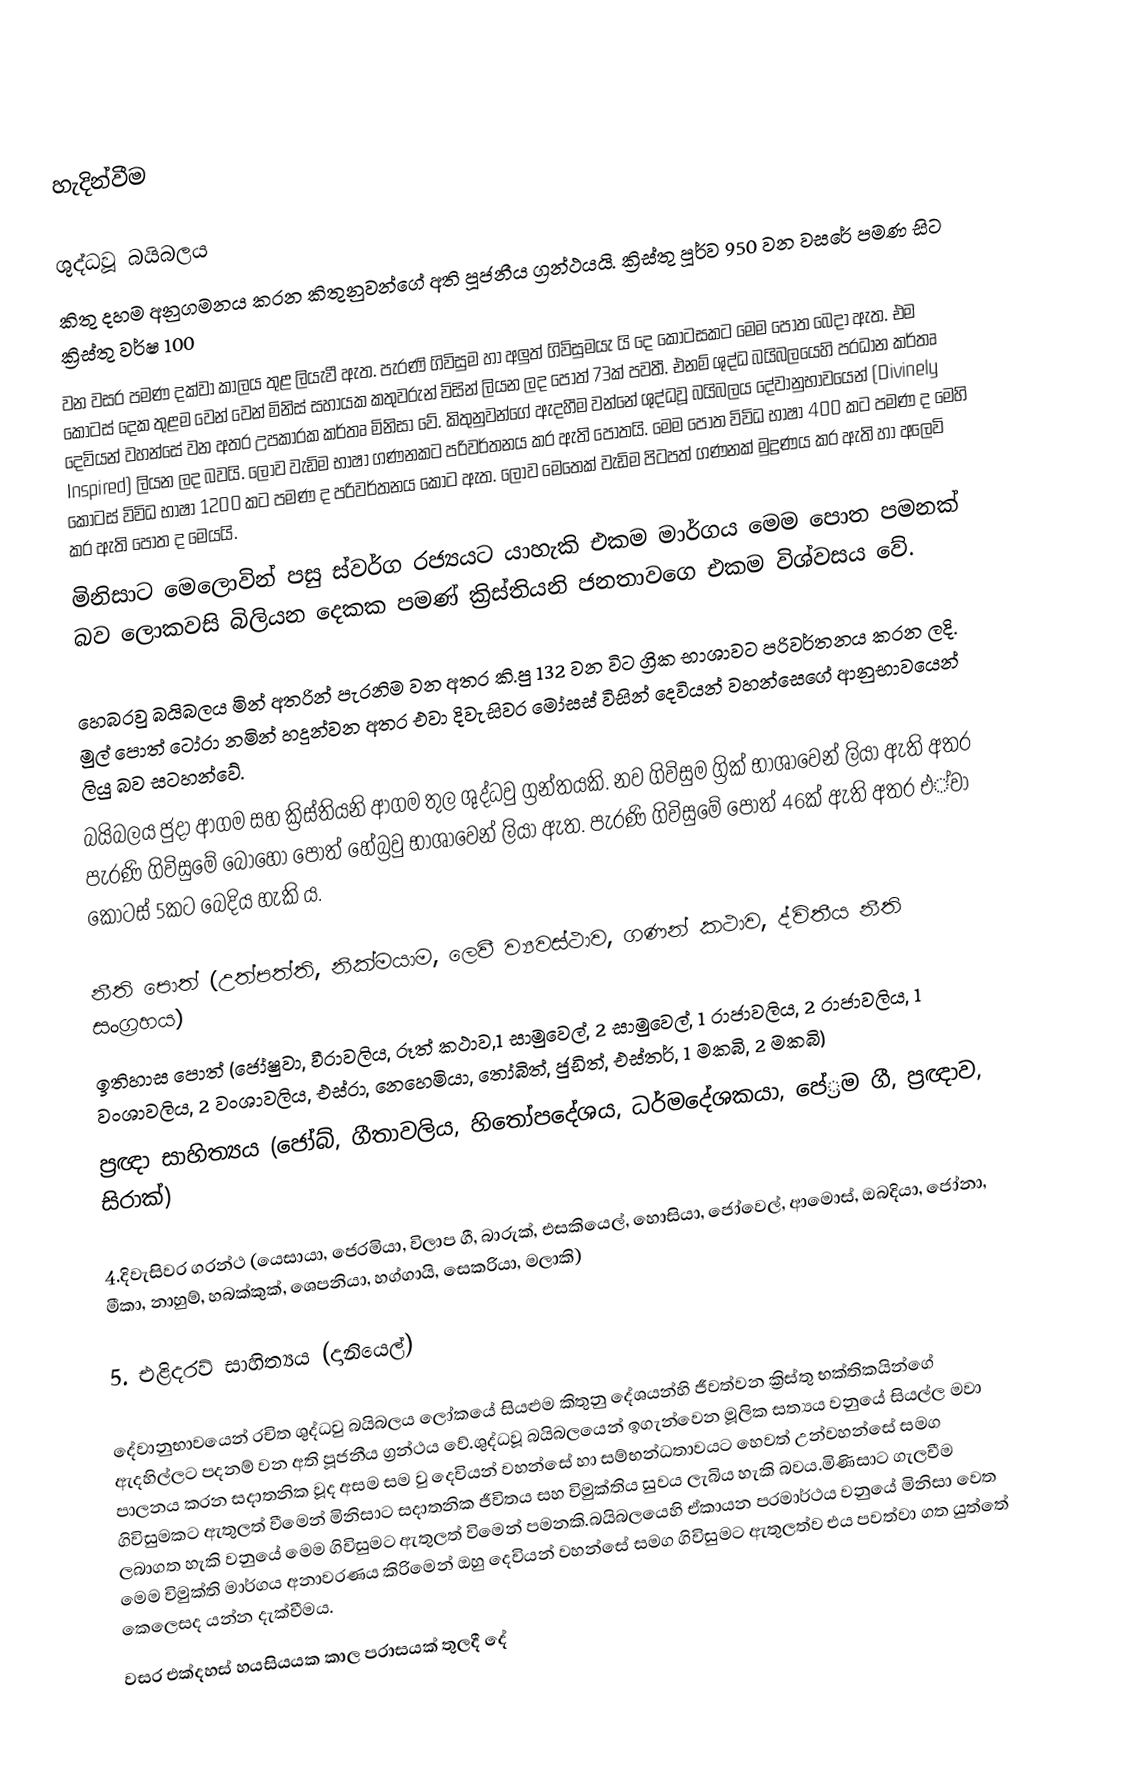

හැදින්වීම

ශුද්ධවූ බයිබලය
කිතු දහම අනුගමනය කරන කිතුනුවන්ගේ අති පූජනීය ග්‍රන්ථයයි. ක්‍රිස්තු පූර්ව 950 වන වසරේ පමණ සිට ක්‍රිස්තු වර්ෂ 100
වන වසර පමණ දක්වා කාලය තුළ ලියැවී ඇත. පැරණි ගිවිසුම හා අලුත් ගිවිසුමයැ යි දෙ කොටසකට මෙම පොත බෙදා ඇත. එම කොටස් දෙක තුළම වෙන් වෙන් මිනිස් සහායක කතුවරුන් විසින් ලියන ලද පොත් 73ක් පවතී. එනම් ශුද්ධ බයිබලයෙහි ප‍්‍රධාන කර්තෘ දෙවියන් වහන්සේ වන අතර උපකාරක කර්තෘ මිනිසා වේ. කිතුනුවන්ගේ ඇදහීම වන්නේ ශුද්ධවූ බයිබලය දේවානුභාවයෙන් (Divinely Inspired) ලියන ලද බවයි. ලොව වැඩිම භාෂා ගණනකට පරිවර්තනය කර ඇති පොතයි. මෙම පොත විවිධ භාෂා 400 කට පමණ ද මෙහි කොටස් විවිධ භාෂා 1200 කට පමණ ද පරිවර්තනය කොට ඇත. ලොව මෙතෙක් වැඩිම පිටපත් ගණනක් මුද්‍රණය කර ඇති හා අලෙවි කර ඇති පොත ද මෙයයි.
මිනිසාට මෙලොවින් පසු ස්වර්ග රජ්‍යයට යාහැකි එකම මාර්ගය මෙම පොත පමනක් බව ලොකවසි බිලියන දෙකක පමණ් ක්‍රිස්තියනි ජනතාවගෙ එකම විශ්වසය වේ.

හෙබරවු බයිබලය මින් අතරින් පැරනිම වන අතර කි.පු 132 වන විට ග්‍රික භාශාවට පරිවර්තනය කරන ලදි. මුල් පොත් ටෝරා නමින් හදුන්වන අතර එවා දිවැසිවර මෝසස් විසින් දෙවියන් වහන්සෙගේ ආනුභාවයෙන් ලියු බව සටහන්වේ.
බයිබලය ජුදා ආගම සහ ක්‍රිස්තියනි ආගම තුල ශුද්ධවු ග්‍රන්තයකි. නව ගිවිසුම ග්‍රික් භාශාවෙන් ලියා ඇති අතර පැරණි ගිවිසුමේ බොහො පොත් හේබ්‍රවු භාශාවෙන් ලියා ඇත. පැරණි ගිවිසුමේ පොත් 46ක් ඇති අතර එ්වා කොටස් 5කට බෙදිය හැකි ය.

නීති පොත්   (උත්පත්ති, නික්මයාම, ලෙවී ව්‍යවස්ථාව, ගණන් කථාව, ද්විතීය නීති සංග‍්‍රහය)
ඉතිහාස පොත් (ජෝෂුවා, වීරාවලිය, රූත් කථාව,1 සාමුවෙල්, 2 සාමුවෙල්, 1 රාජාවලිය, 2 රාජාවලිය, 1 වංශාවලිය, 2 වංශාවලිය, එස්රා, නෙහෙමියා, තෝබිත්, ජුඩිත්, එස්තර්, 1 මකබි, 2 මකබි)
 ප‍්‍රඥා සාහිත්‍යය (ජෝබ්, ගීතාවලිය, හිතෝපදේශය, ධර්මදේශකයා, පේ‍්‍රම ගී, ප‍්‍රඥාව, සිරාක්)

4.දිවැසිවර ග‍්‍රන්ථ (යෙසායා, ජෙරමියා, විලාප ගී, බාරුක්, එසකියෙල්, හොසියා, ජෝවෙල්, ආමොස්, ඔබදියා, ජෝනා, මීකා, නාහුම්, හබක්කුක්, ශෙපනියා, හග්ගායි, සෙකරියා, මලාකි)

5. එළිදරව් සාහිත්‍යය (දානියෙල්)

දේවානුභාවයෙන් රචිත ශුද්ධවු බයිබලය ලෝකයේ සියළුම කිතුනු දේශයන්හි ජීවත්වන ක්‍රිස්තු භක්තිකයින්ගේ ඇදහිල්ලට පදනම් වන අති පූජනීය ග්‍රන්ථය වේ.ශුද්ධවූ බයිබලයෙන් ඉගැන්වෙන මූලික සත්‍යය වනුයේ සියල්ල මවා පාලනය කරන සදාතනික වූද අසම සම වු දෙවියන් වහන්සේ හා සම්භන්ධතාවයට හෙවත් උන්වහන්සේ සමග ගිවිසුමකට ඇතුලත් වීමෙන් මිනිසාට සදාතනික ජීවිතය සහ විමුක්තිය සුවය ලැබිය හැකි බවය.මිණිසාට ගැලවීම ලබාගත හැකි වනුයේ මෙම ගිවිසුමට ඇතුලත් විමෙන් පමනකි.බයිබලයෙහි ඒකායන පරමාර්ථය වනුයේ මිනිසා වෙත මෙම විමුක්ති මාර්ගය අනාවරණය කිරිමෙන් ඔහු දෙවියන් වහන්සේ සමග ගිවිසුමට ඇතුලත්ව එය පවත්වා ගත යුත්තේ කෙලෙසද යන්න දැක්වීමය.
වසර එක්දහස් හයසියයක කාල පරාසයක් තුලදී දේ